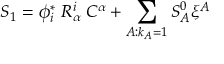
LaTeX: S _ { 1 } = \phi _ { i } ^ { * } \; R _ { \alpha } ^ { i } \; C ^ { \alpha } + \sum _ { A : k _ { A } = 1 } S _ { A } ^ { 0 } \xi ^ { A }